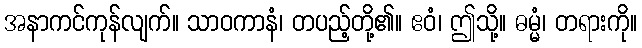
အနာကင်ကုန်လျက်။ သာဝကာနံ၊ တပည့်တို့၏။ ဧဝံ၊ ဤသို့။ ဓမ္မံ၊ တရားကို။